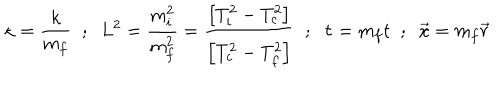
LaTeX: \kappa = \frac { k } { m _ { f } } \; \; ; \; \; L ^ { 2 } = \frac { m _ { i } ^ { 2 } } { m _ { f } ^ { 2 } } = \frac { \left[ T _ { i } ^ { 2 } - T _ { c } ^ { 2 } \right] } { \left[ T _ { c } ^ { 2 } - T _ { f } ^ { 2 } \right] } \; \; ; \; \; \tau = m _ { f } t \; \; ; \; \; \vec { x } = m _ { f } \vec { r }